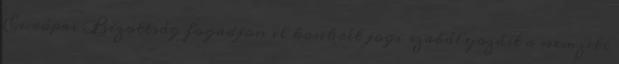
Európai Bizottság fogadjon el konkrét jogi szabályozást a nemzeti